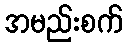
အမည်းစက်